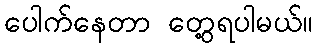
ပေါက်နေတာ တွေ့ရပါမယ်။